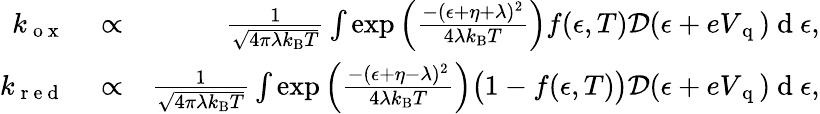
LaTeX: \begin{array}{rlr}{k_{\mathrm{~o~x~}}}&{{}\propto}&{\frac{1}{\sqrt{4\pi\lambda k_{\mathrm{B}}T}}\int\exp\left({\frac{-(\epsilon+\eta+\lambda)^{2}}{4\lambda k_{\mathrm{B}}T}}\right)f(\epsilon,T)\mathcal{D}(\epsilon+eV_{\mathrm{~q~}})\mathrm{~d~}\epsilon,}\\ {k_{\mathrm{~r~e~d~}}}&{{}\propto}&{\frac{1}{\sqrt{4\pi\lambda k_{\mathrm{B}}T}}\int\exp\left({\frac{-(\epsilon+\eta-\lambda)^{2}}{4\lambda k_{\mathrm{B}}T}}\right)\big(1-f(\epsilon,T)\big)\mathcal{D}(\epsilon+eV_{\mathrm{~q~}})\mathrm{~d~}\epsilon,}\end{array}